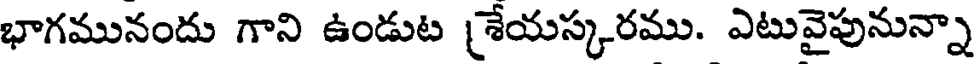
భాగమునందు గాని ఉండుట శ్రేయస్కరము. ఎటువైపునున్నా